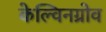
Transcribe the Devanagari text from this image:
केल्विनग्रोव